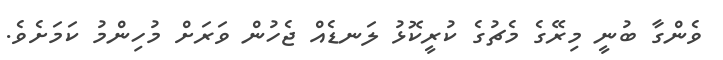
ވެންގާ ބުނީ މިރޭގެ މެޗުގެ ކުރީކޮޅު ލަނޑެއް ޖެހުން ވަރަށް މުހިންމު ކަމަށެވެ.